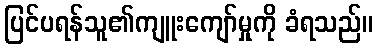
ပြင်ပရန်သူ၏ကျူးကျော်မှုကို ခံရသည်။